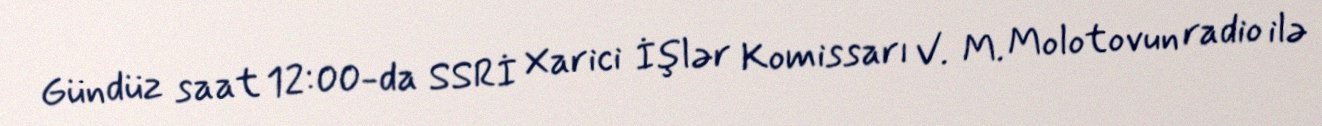
Gündüz saat 12:00-da SSRİ Xarici İşlər Komissarı V. M. Molotovun radio ilə